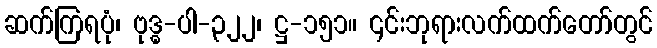
ဆက်ကြရပုံ၊ ဗုဒ္ဓ-ပါ-၃၂၂၊ ဋ္ဌ-၁၅၁။ ၎င်းဘုရားလက်ထက်တော်တွင်